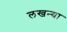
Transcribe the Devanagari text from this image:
लखन्या